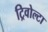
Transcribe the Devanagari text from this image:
ट्रिवोल्‍टा